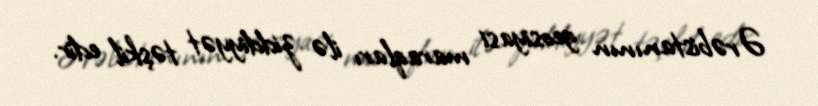
Ərəbistanının geosiyasi maraqları ilə ziddiyyət təşkil edir.